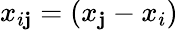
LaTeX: x_{i\mathbf{j}}=(x_{\mathbf{j}}-x_{i})